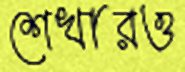
শেখারও